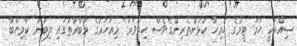
ސިއްރަކީ ހަމަ ޓީމުގެ ހުރިހާ ކުޅުންތެރިންގެވެސް ހިތްވަރު" މިއަހަރުގެ މުބާރާތުގައި ލިބުނު ކާމިޔާބާ